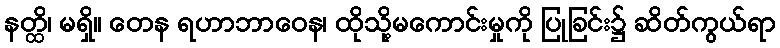
နတ္ထိ၊ မရှိ။ တေန ရဟာဘာဝေန၊ ထိုသို့မကောင်းမှုကို ပြုခြင်း၌ ဆိတ်ကွယ်ရာ